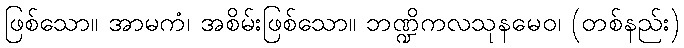
ဖြစ်သော။ အာမကံ၊ အစိမ်းဖြစ်သော။ ဘဏ္ဍိကလသုနမေဝ၊ (တစ်နည်း)